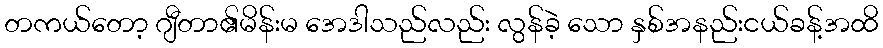
တကယ်တော့ ဂျီတာ၏မိန်းမ အေဒါသည်လည်း လွန်ခဲ့ သော နှစ်အနည်းငယ်ခန့်အထိ